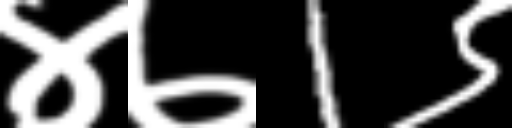
Text: ४७1९